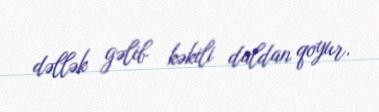
dəllək gəlib kəkili daldan qoyur.